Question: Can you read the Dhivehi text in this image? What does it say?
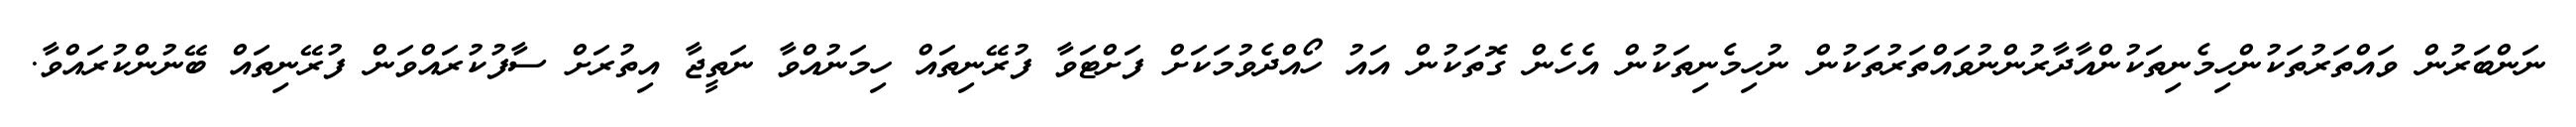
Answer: ނަންބަރުން ވައްތަރުތަކުންހިމެނިތަކުންއާދާރުންނުވައްތަރުތަކުން ނުހިމެނިތަކުން އެހެން ގޮތަކުން އައު ހޯއްދެވުމަކަށް ފަށްޓަވާ ފުރޭނިތައް ހިމަނުއްވާ ނަތީޖާ އިތުރަށް ސާފުކުރައްވަން ފުރޭނިތައް ބޭނުންކުރައްވާ.